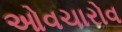
ઓવચારોવ